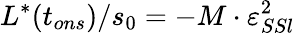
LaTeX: L^{*}(t_{ons})/s_{0}=-M\cdot\varepsilon_{SSl}^{2}